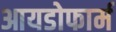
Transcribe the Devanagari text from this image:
आयडोफार्म